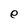
Character: e